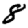
Digit: 8